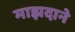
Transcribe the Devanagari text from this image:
माझदाने